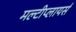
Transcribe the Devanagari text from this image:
मल्टीप्लायर्स